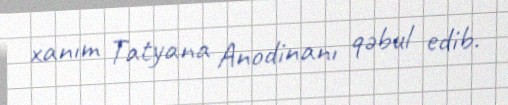
xanım Tatyana Anodinanı qəbul edib.